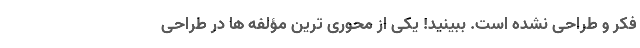
فکر و طراحی نشده است. ببینید! یکی از محوری ترین مؤلفه ها در طراحی